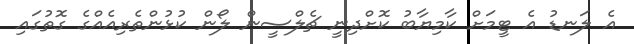
އެ ލަނޑު އެ ޓީމަށް ކާމިޔާބު ކޮށްދިނީ ޗެލްސީން ލޯން ކުޅުންތެރިއެއްގެ ގޮތުގައި